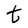
Character: t